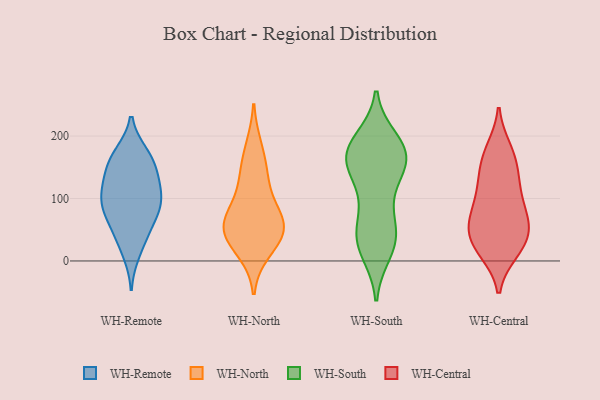
{"axis": {"x": "Satisfaction Score", "y": "Value"}, "legend": ["WH-Central", "WH-North", "WH-Remote", "WH-South"], "data": [{"x": "", "y": 43, "type": "WH-Remote"}, {"x": "", "y": 44, "type": "WH-Remote"}, {"x": "", "y": 81, "type": "WH-Remote"}, {"x": "", "y": 80, "type": "WH-Remote"}, {"x": "", "y": 93, "type": "WH-Remote"}, {"x": "", "y": 151, "type": "WH-Remote"}, {"x": "", "y": 117, "type": "WH-Remote"}, {"x": "", "y": 133, "type": "WH-Remote"}, {"x": "", "y": 103, "type": "WH-Remote"}, {"x": "", "y": 13, "type": "WH-Remote"}, {"x": "", "y": 171, "type": "WH-Remote"}, {"x": "", "y": 80, "type": "WH-Remote"}, {"x": "", "y": 117, "type": "WH-Remote"}, {"x": "", "y": 158, "type": "WH-Remote"}, {"x": "", "y": 170, "type": "WH-Remote"}, {"x": "", "y": 74, "type": "WH-North"}, {"x": "", "y": 49, "type": "WH-North"}, {"x": "", "y": 57, "type": "WH-North"}, {"x": "", "y": 17, "type": "WH-North"}, {"x": "", "y": 143, "type": "WH-North"}, {"x": "", "y": 125, "type": "WH-North"}, {"x": "", "y": 181, "type": "WH-North"}, {"x": "", "y": 76, "type": "WH-North"}, {"x": "", "y": 43, "type": "WH-North"}, {"x": "", "y": 41, "type": "WH-North"}, {"x": "", "y": 164, "type": "WH-South"}, {"x": "", "y": 43, "type": "WH-South"}, {"x": "", "y": 160, "type": "WH-South"}, {"x": "", "y": 37, "type": "WH-South"}, {"x": "", "y": 181, "type": "WH-South"}, {"x": "", "y": 29, "type": "WH-South"}, {"x": "", "y": 73, "type": "WH-South"}, {"x": "", "y": 192, "type": "WH-South"}, {"x": "", "y": 174, "type": "WH-South"}, {"x": "", "y": 108, "type": "WH-South"}, {"x": "", "y": 37, "type": "WH-South"}, {"x": "", "y": 139, "type": "WH-South"}, {"x": "", "y": 175, "type": "WH-South"}, {"x": "", "y": 172, "type": "WH-South"}, {"x": "", "y": 154, "type": "WH-South"}, {"x": "", "y": 16, "type": "WH-South"}, {"x": "", "y": 37, "type": "WH-Central"}, {"x": "", "y": 125, "type": "WH-Central"}, {"x": "", "y": 45, "type": "WH-Central"}, {"x": "", "y": 22, "type": "WH-Central"}, {"x": "", "y": 92, "type": "WH-Central"}, {"x": "", "y": 64, "type": "WH-Central"}, {"x": "", "y": 18, "type": "WH-Central"}, {"x": "", "y": 134, "type": "WH-Central"}, {"x": "", "y": 112, "type": "WH-Central"}, {"x": "", "y": 16, "type": "WH-Central"}, {"x": "", "y": 160, "type": "WH-Central"}, {"x": "", "y": 69, "type": "WH-Central"}, {"x": "", "y": 178, "type": "WH-Central"}, {"x": "", "y": 74, "type": "WH-Central"}, {"x": "", "y": 171, "type": "WH-Central"}, {"x": "", "y": 50, "type": "WH-Central"}]}